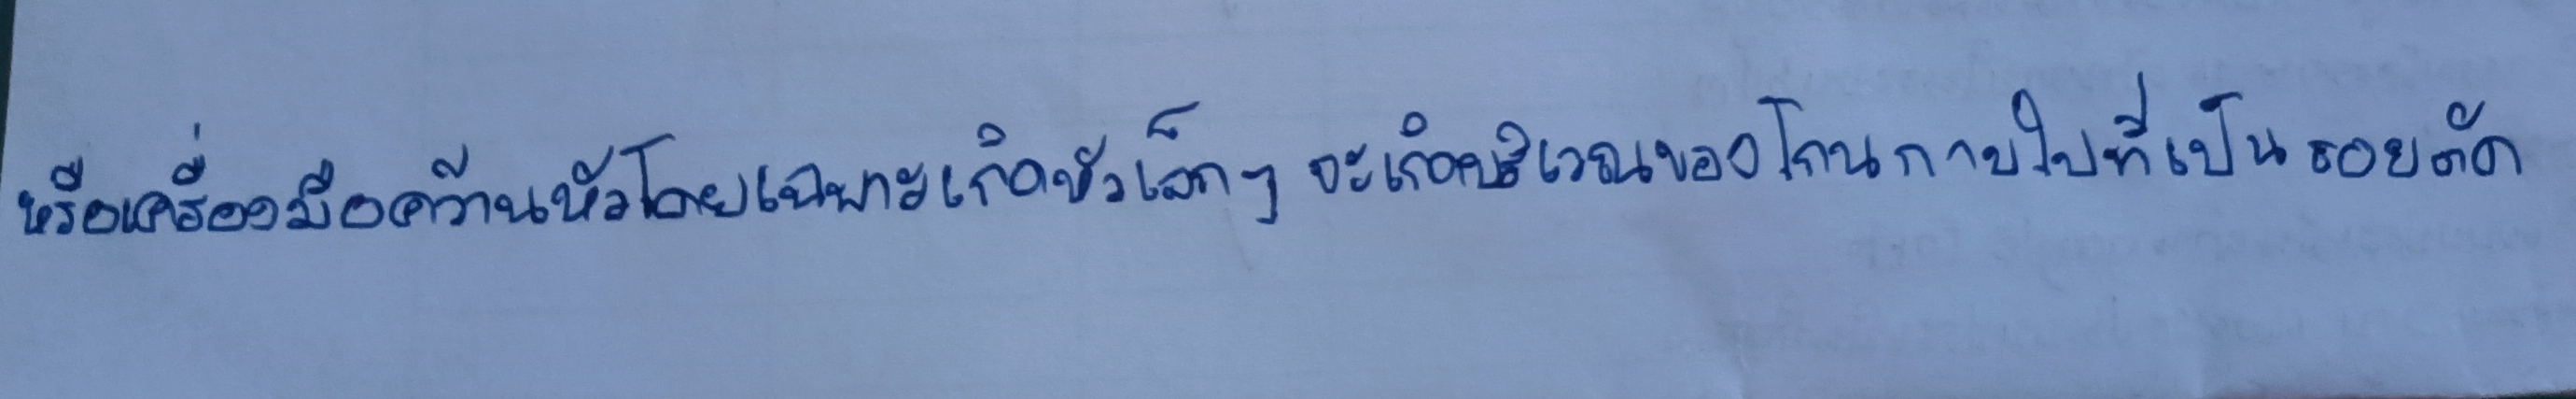
หรือเครื่องมือคว้านหัวโดยเฉพาะการเกิดหัวเล็กๆจะเกิดบริเวณของโคนกาบใบที่เป็นรอยตัด